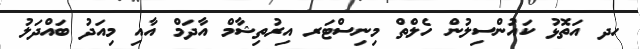
ހދ އަތޮޅު ކައުންސިލުން ހެލްތް މިނިސްޓަރ އިރުތިޝާމް އާދަމް އާއި މިއަދު ބައްދަލު